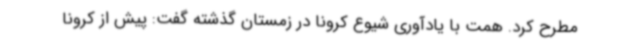
مطرح کرد. همت با یادآوری شیوع کرونا در زمستان گذشته گفت: پیش از کرونا